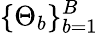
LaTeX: \{ \Theta_{b}\} _{b=1}^{B}